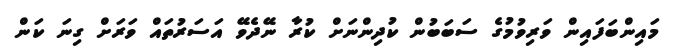
މައިންބަފައިން ވަރިވުމުގެ ސަބަބުން ކުދިންނަށް ކުރާ ނޭދެވޭ އަސަރުތައް ވަރަށް ގިނަ ކަން